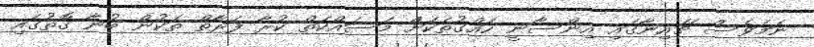
ނަަމަވެސް ޗައިނާގައި އިންސާނީ ހައްގުތަކަށް މަސައްކަތް ކުރާ ފަރާތް ތަކުން ބުނާ ގޮތުގައި